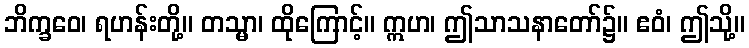
ဘိက္ခဝေ၊ ရဟန်းတို့။ တသ္မာ၊ ထိုကြောင့်။ ဣဟ၊ ဤသာသနာတော်၌။ ဧဝံ၊ ဤသို့။